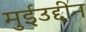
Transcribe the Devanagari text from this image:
मुईउद्दीन